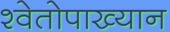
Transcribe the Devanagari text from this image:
श्वेतोपाख्यान